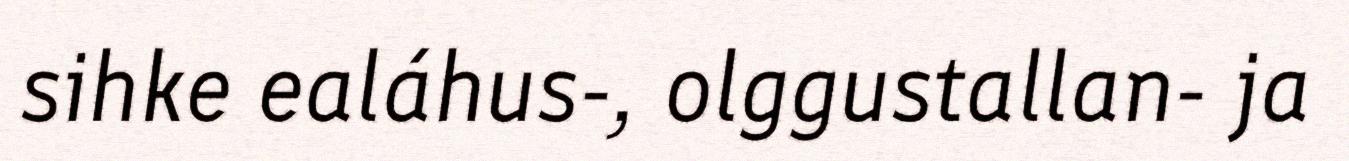
sihke ealáhus-, olggustallan- ja